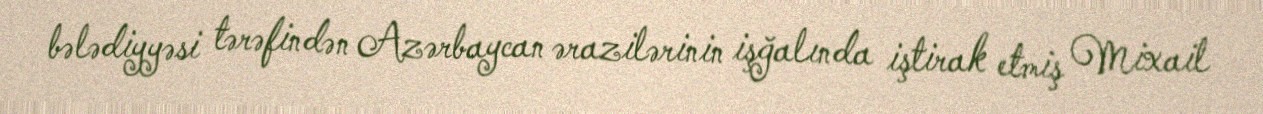
bələdiyyəsi tərəfindən Azərbaycan ərazilərinin işğalında iştirak etmiş Mixail